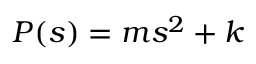
P ( s ) = m s ^ { 2 } + k